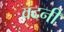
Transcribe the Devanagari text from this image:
वदनीं